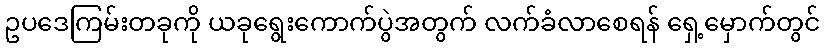
ဥပဒေကြမ်းတခုကို ယခုရွေးကောက်ပွဲအတွက် လက်ခံလာစေရန် ရှေ့မှောက်တွင်